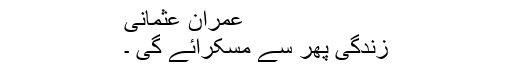
عمران عثمانی
زندگی پھر سے مسکرائے گی ۔